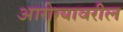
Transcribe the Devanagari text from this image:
आरोग्यावरील